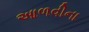
આળવીના